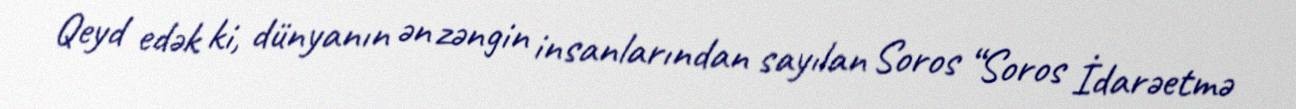
Qeyd edək ki, dünyanın ən zəngin insanlarından sayılan Soros “Soros İdarəetmə